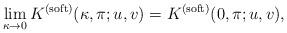
LaTeX: \begin{align*} \lim_{\kappa \to 0}K^{(\mathrm{soft})}(\kappa, \pi;u, v) = K^{(\mathrm{soft})}(0, \pi;u, v), \end{align*}